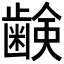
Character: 𮯈